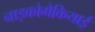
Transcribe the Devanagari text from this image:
नाइकोमेकियाई